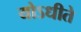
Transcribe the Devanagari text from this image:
योऽधीते